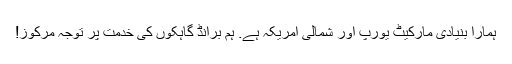
ہمارا بنیادی مارکیٹ یورپ اور شمالی امریکہ ہے. ہم برانڈ گاہکوں کی خدمت پر توجہ مرکوز!